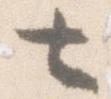
七